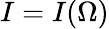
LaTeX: I=I(\Omega)